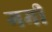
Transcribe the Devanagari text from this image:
गमी